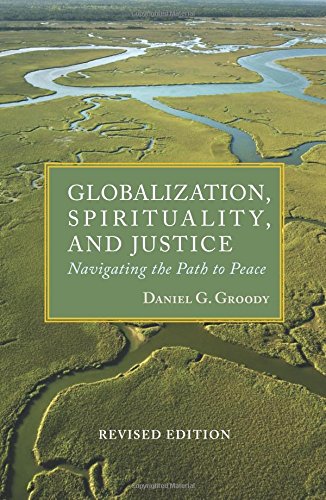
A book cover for Globalization, Spirituality & Justice (Rev Ed) (Theology in Global Perspective) (Tgp-Theologoy of Global Perspective); Daniel G. Groody; Christian Books & Bibles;